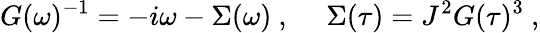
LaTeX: G(\omega)^{-1}=-i\omega-\Sigma(\omega)~,\ \ \ \ \ \Sigma(\tau)=J^{2}G(\tau)^{3}~,